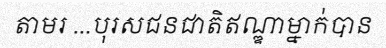
តាមរ ...បុរសជនជាតិឥណ្ឌាម្នាក់បាន